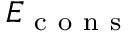
E _ { \mathrm { ~ c ~ o ~ n ~ s ~ } }